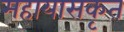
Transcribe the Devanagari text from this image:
महायासकृत